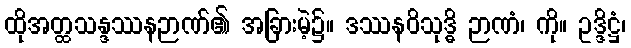
ထိုအတ္ထသန္ဒဿနဉာဏ်၏ အခြားမဲ့၌။ ဒဿနဝိသုဒ္ဓိ ဉာဏံ၊ ကို။ ဥဒ္ဒိဋ္ဌံ၊